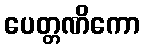
ပေတ္တဏိကော